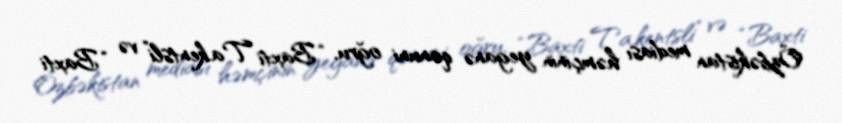
Özbəkistan mediası həmçinin yeganə qanuni oğru, “Baxti Ta.kentsli” və “Baxti